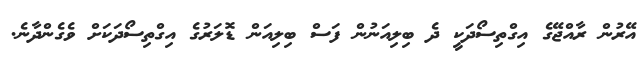
އޭރުން ރާއްޖޭގެ އިގްތިސޯދަކީ ދެ ބިލިއަނުން ފަސް ބިލިއަން ޑޮލަރުގެ އިގްތިސޯދަކަށް ވެގެންދާނެ.